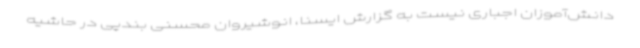
دانش‌آموزان اجباری نیست به گزارش ایسنا، انوشیروان محسنی بندپی در حاشیه